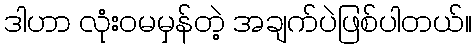
ဒါဟာ လုံးဝမမှန်တဲ့ အချက်ပဲဖြစ်ပါတယ်။